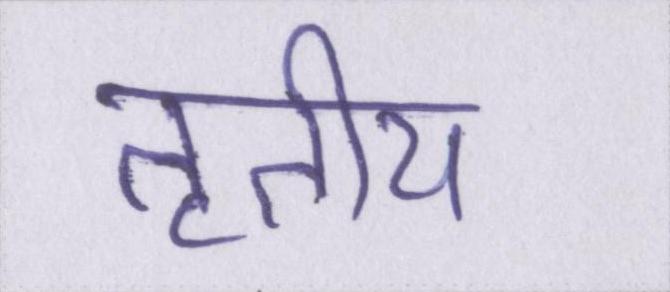
तृतीय